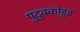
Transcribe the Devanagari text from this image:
पुदुक्कोट्टइ